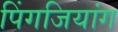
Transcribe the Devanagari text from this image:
पिंगजियांग